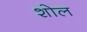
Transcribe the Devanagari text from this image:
शोल